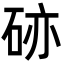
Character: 硛